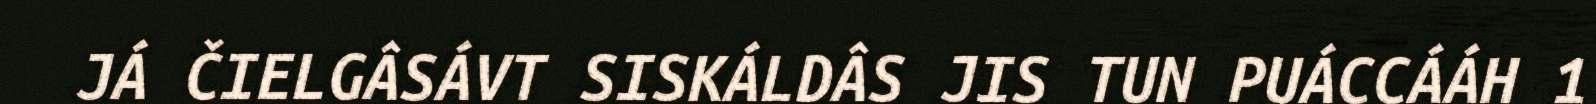
JÁ ČIELGÂSÁVT SISKÁLDÂS JIS TUN PUÁCCÁÁH 1